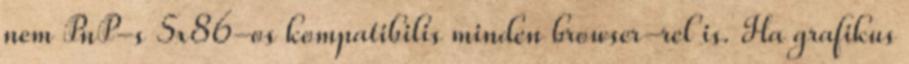
nem PnP-s 5x86-os kompatibilis minden browser-rel is. Ha grafikus